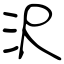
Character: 沢